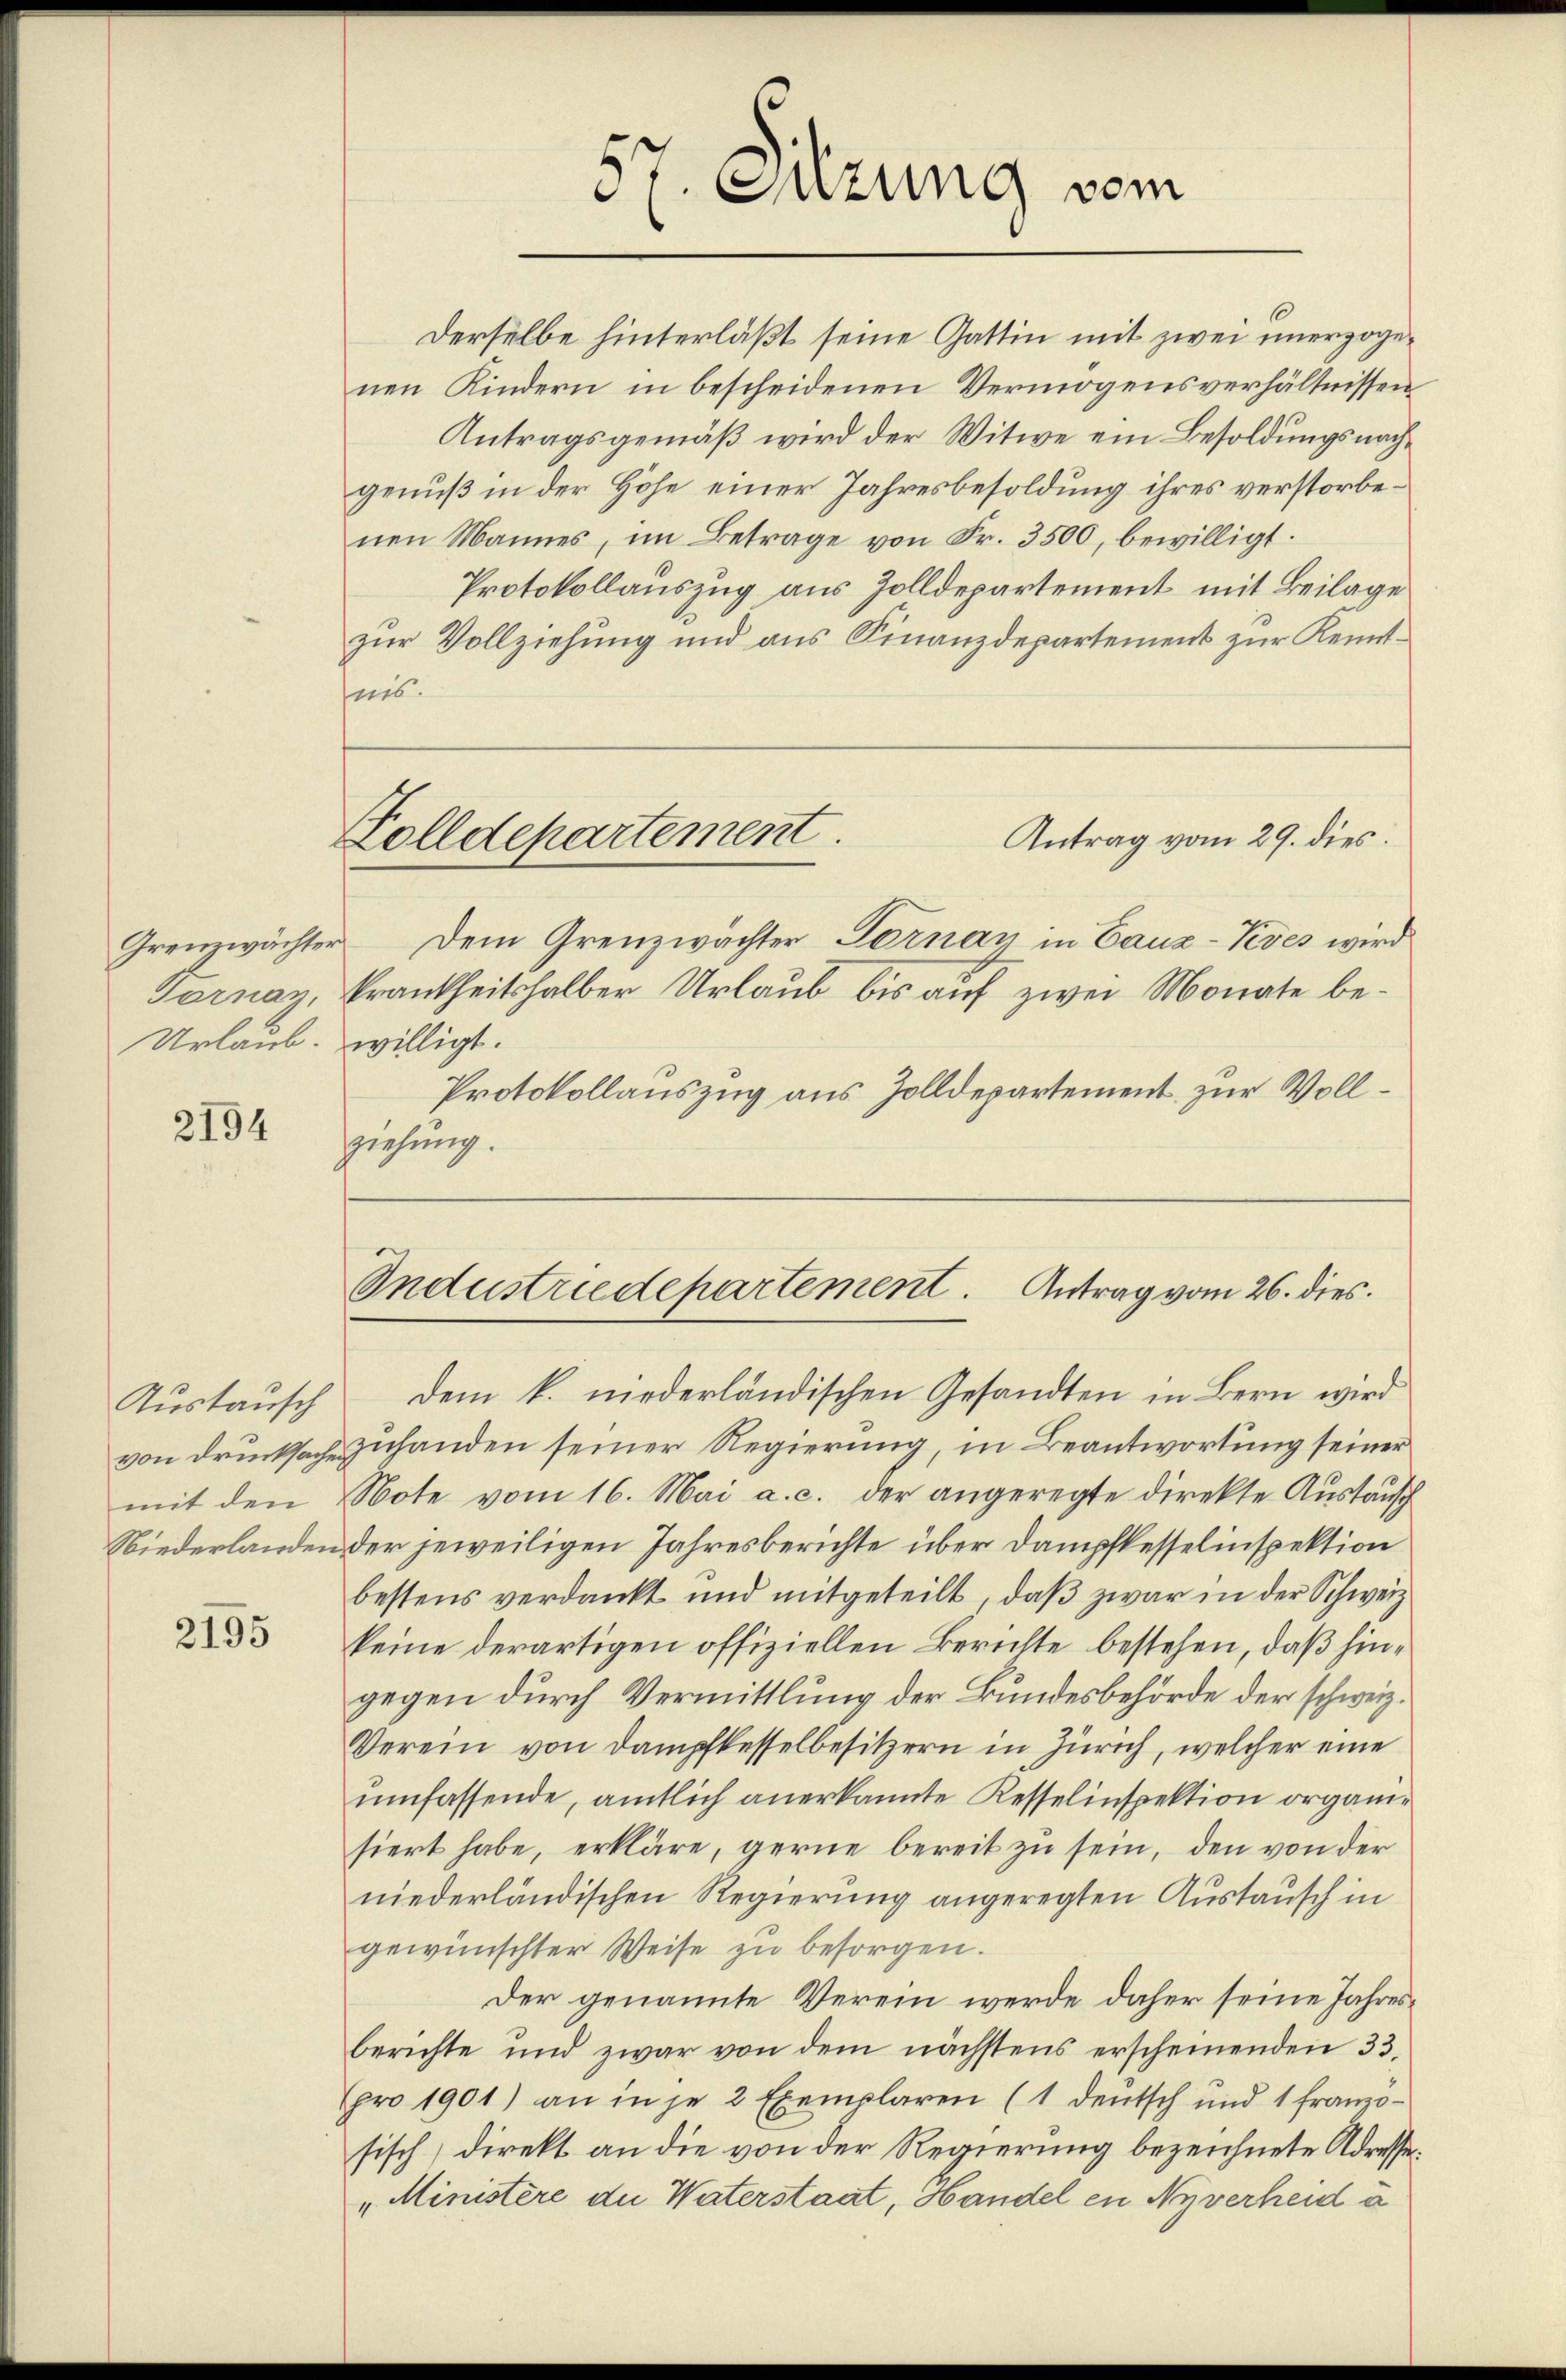
Tornay,
Urlaub.

2194

Austausch

2195

Derselbe hinterläßt seine Gattin mit zwei unerzogenen Kindern in bescheidenen Vermögensverhältnissen
Antragsgemäß wird der Witwe ein Besoldungsnachgenuß in der Höhe einer Jahresbesoldung ihres verstorbenen Mannes, im Betrage von Fr. 3500, bewilligt.
Protokollauszug aus Zolldepartement mit Beilage
zur Vollziehung und aus Finanzdepartement zur Kenntsis.

5r Sitzung vom

Golldepartement.
Antrag vom 29. dies

Industriedepartement. Antrag vom 26. dies

Grenzwächter. Dem Grenzwächter Tornay in Cauz-Vives wird
krankheitshalber Urlaub bis auf zwei Monate bewilligt.
Protokollauszug aus Zolldepartement zur Vollziehung.

dem k. niederländischen Gesandten in Bern wird
von Drucksache zuhanden seiner Regierung, in Beantwortung seiner
mit den Note vom 16. Mai a. c. der angeregte direkte Austausch
Niederlanden der jeweiligen Jahresberichte über Dampfkesselinspektion
bestens verdankt und mitgeteilt, daß zwar in der Schweiz
keine derartigen offiziellen Berichte bestehen, daß hingegen durch Vermittlung der Bundesbehörde der schweiz.
Verein von Dampfkesselbesitzern in Zürich, welcher eine
umfassende, amtlich anerkannte Kesselinspektion organisiert habe, erkläre, gerne bereit zu sein, den von der
niederländischen Regierung angeregten Austausch in
gewünschter Weise zu besorgen.
Der genannte Verein werde daher seine Jahresberichte und zwar von dem nächstens erscheinenden 33.
Epro 1901) an in je 2 Exemplaren (1 deutsch und 1 franzosisch, direkt an die von der Regierung bezeichnete Adresse¬
„Ministere die Waterstaat, Handel in Nyverheid a